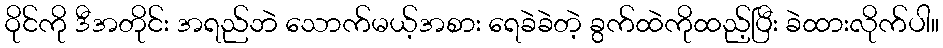
ဝိုင်ကို ဒီအတိုင်း အရည်ဘဲ သောက်မယ့်အစား ရေခဲခဲတဲ့ ခွက်ထဲကိုထည့်ပြီး ခဲထားလိုက်ပါ။